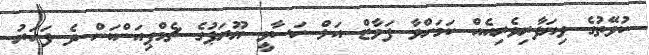
ކުވޭތުގެ ވިޔަފާރިވެރިއެއް ކަމަށްވާ ފަވާޒް އަލް ހަސާވީ ޔޫރަޕުގެ ޗެމްޕިއަންކަން ދެ ފަހަރު